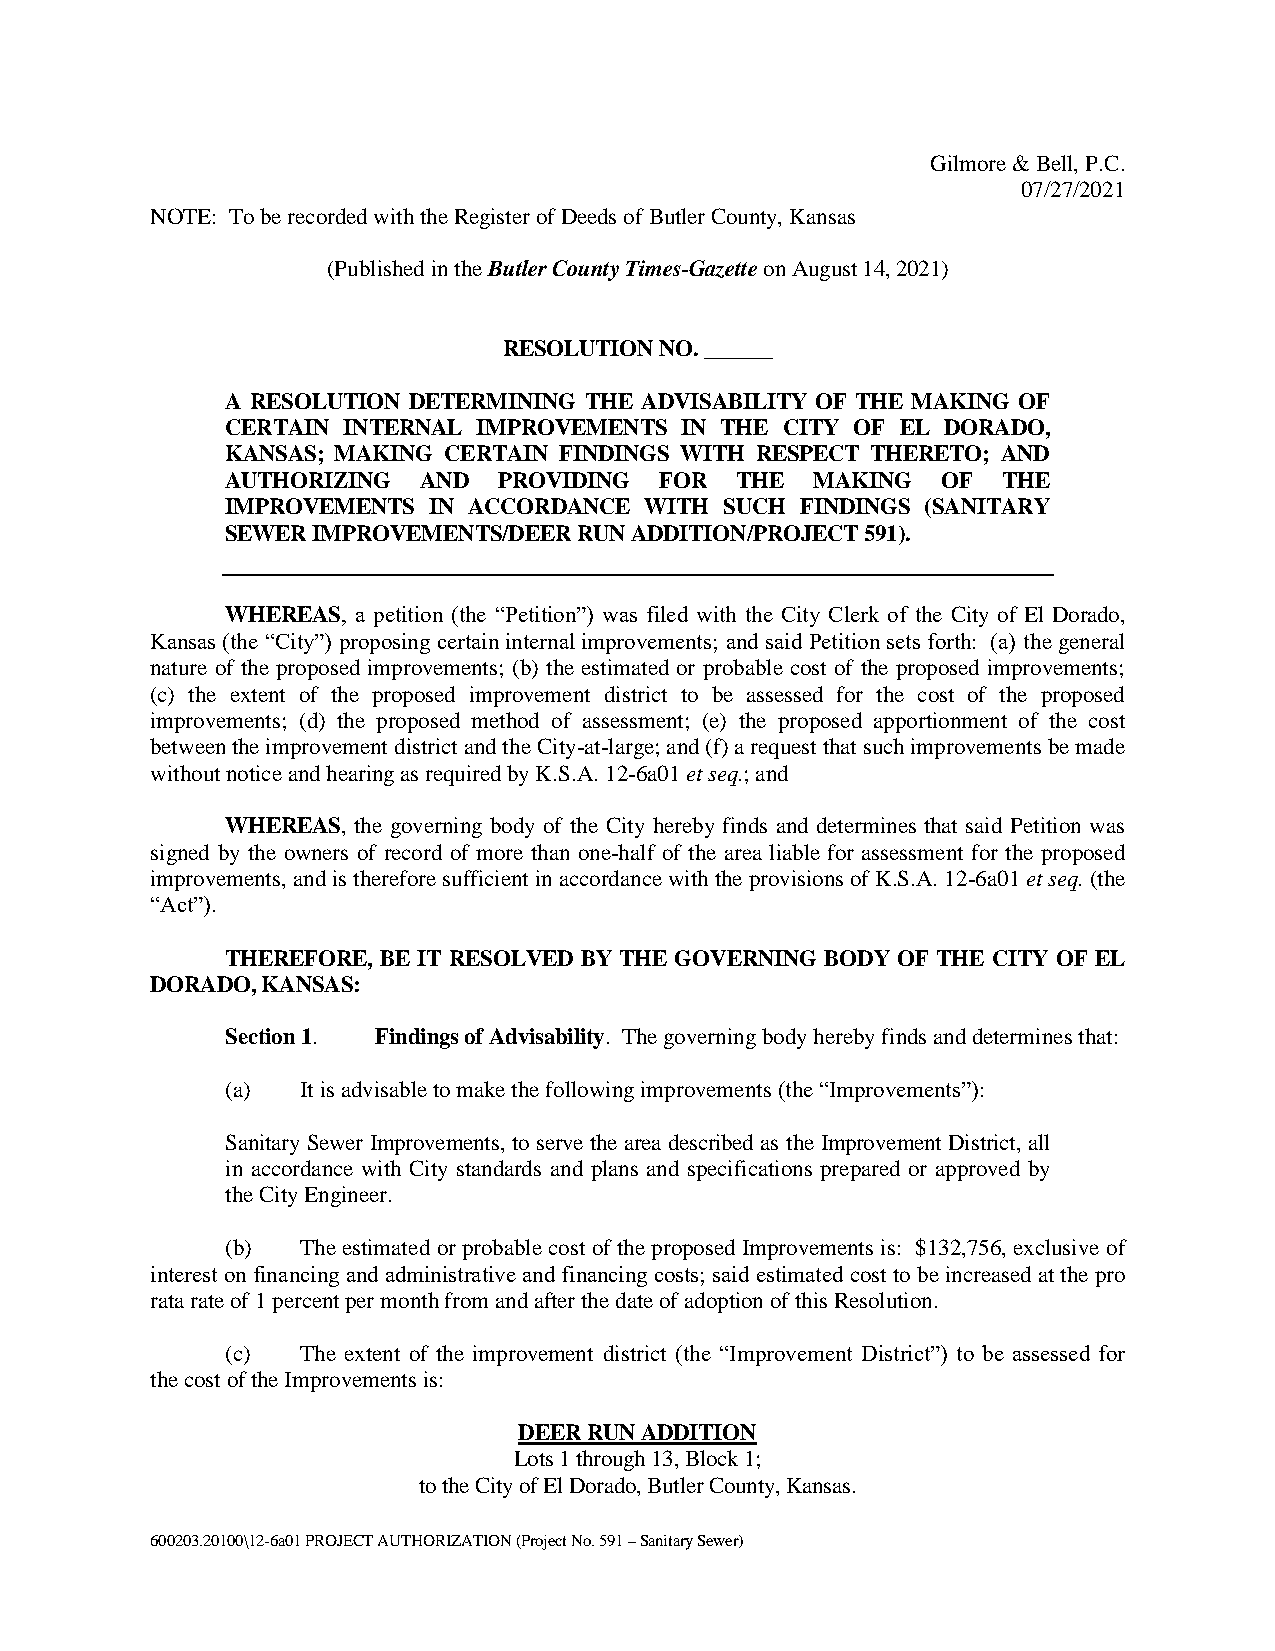
Gilmore & Bell, P.C.
 07/27/2021
 NOTE: To be recorded with the Register of Deeds of Butler County, Kansas
 (Published in the Butler County Times-Gazette on August 14, 2021)
 RESOLUTION NO. ______
 A RESOLUTION DETERMINING THE ADVISABILITY OF THE MAKING OF
 CERTAIN INTERNAL IMPROVEMENTS IN THE CITY OF EL DORADO,
 KANSAS; MAKING CERTAIN FINDINGS WITH RESPECT THERETO; AND
 AUTHORIZING  AND  PROVIDING  FOR  THE  MAKING  OF  THE
 IMPROVEMENTS IN ACCORDANCE  WITH SUCH FINDINGS (SANITARY
 SEWER IMPROVEMENTS/DEER RUN ADDITION/PROJECT 591).
 WHEREAS, a petition (the “Petition”) was filed with the City Clerk of the City of El Dorado,
 Kansas (the “City”) proposing certain internal improvements; and said Petition sets forth: (a) the general
 nature of the proposed improvements; (b) the estimated or probable cost of the proposed improvements;
 (c) the extent of the proposed improvement district to be assessed for the cost of the proposed
 improvements; (d) the proposed method of assessment; (e) the proposed apportionment of the cost
 between the improvement district and the City-at-large; and (f) a request that such improvements be made
 without notice and hearing as required by K.S.A. 12-6a01 et seq.; and
 WHEREAS, the governing body of the City hereby finds and determines that said Petition was
 signed by the owners of record of more than one-half of the area liable for assessment for the proposed
 improvements, and is therefore sufficient in accordance with the provisions of K.S.A. 12-6a01 et seq. (the
 “Act”).
 THEREFORE, BE IT RESOLVED BY THE GOVERNING BODY OF THE CITY OF EL
 DORADO, KANSAS:
 Section 1. Findings of Advisability. The governing body hereby finds and determines that:
 (a)  It is advisable to make the following improvements (the “Improvements”):
 Sanitary Sewer Improvements, to serve the area described as the Improvement District, all
 in accordance with City standards and plans and specifications prepared or approved by
 the City Engineer.
 (b)  The estimated or probable cost of the proposed Improvements is: $132,756, exclusive of
 interest on financing and administrative and financing costs; said estimated cost to be increased at the pro
 rata rate of 1 percent per month from and after the date of adoption of this Resolution.
 (c)  The extent of the improvement district (the “Improvement District”) to be assessed for
 the cost of the Improvements is:
 DEER RUN ADDITION
 Lots 1 through 13, Block 1;
 to the City of El Dorado, Butler County, Kansas.
 600203.20100\12-6a01 PROJECT AUTHORIZATION (Project No. 591 – Sanitary Sewer)